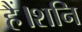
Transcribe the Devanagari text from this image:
हैं।शनि